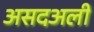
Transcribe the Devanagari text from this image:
असदअली